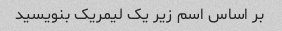
بر اساس اسم زیر یک لیمریک بنویسید